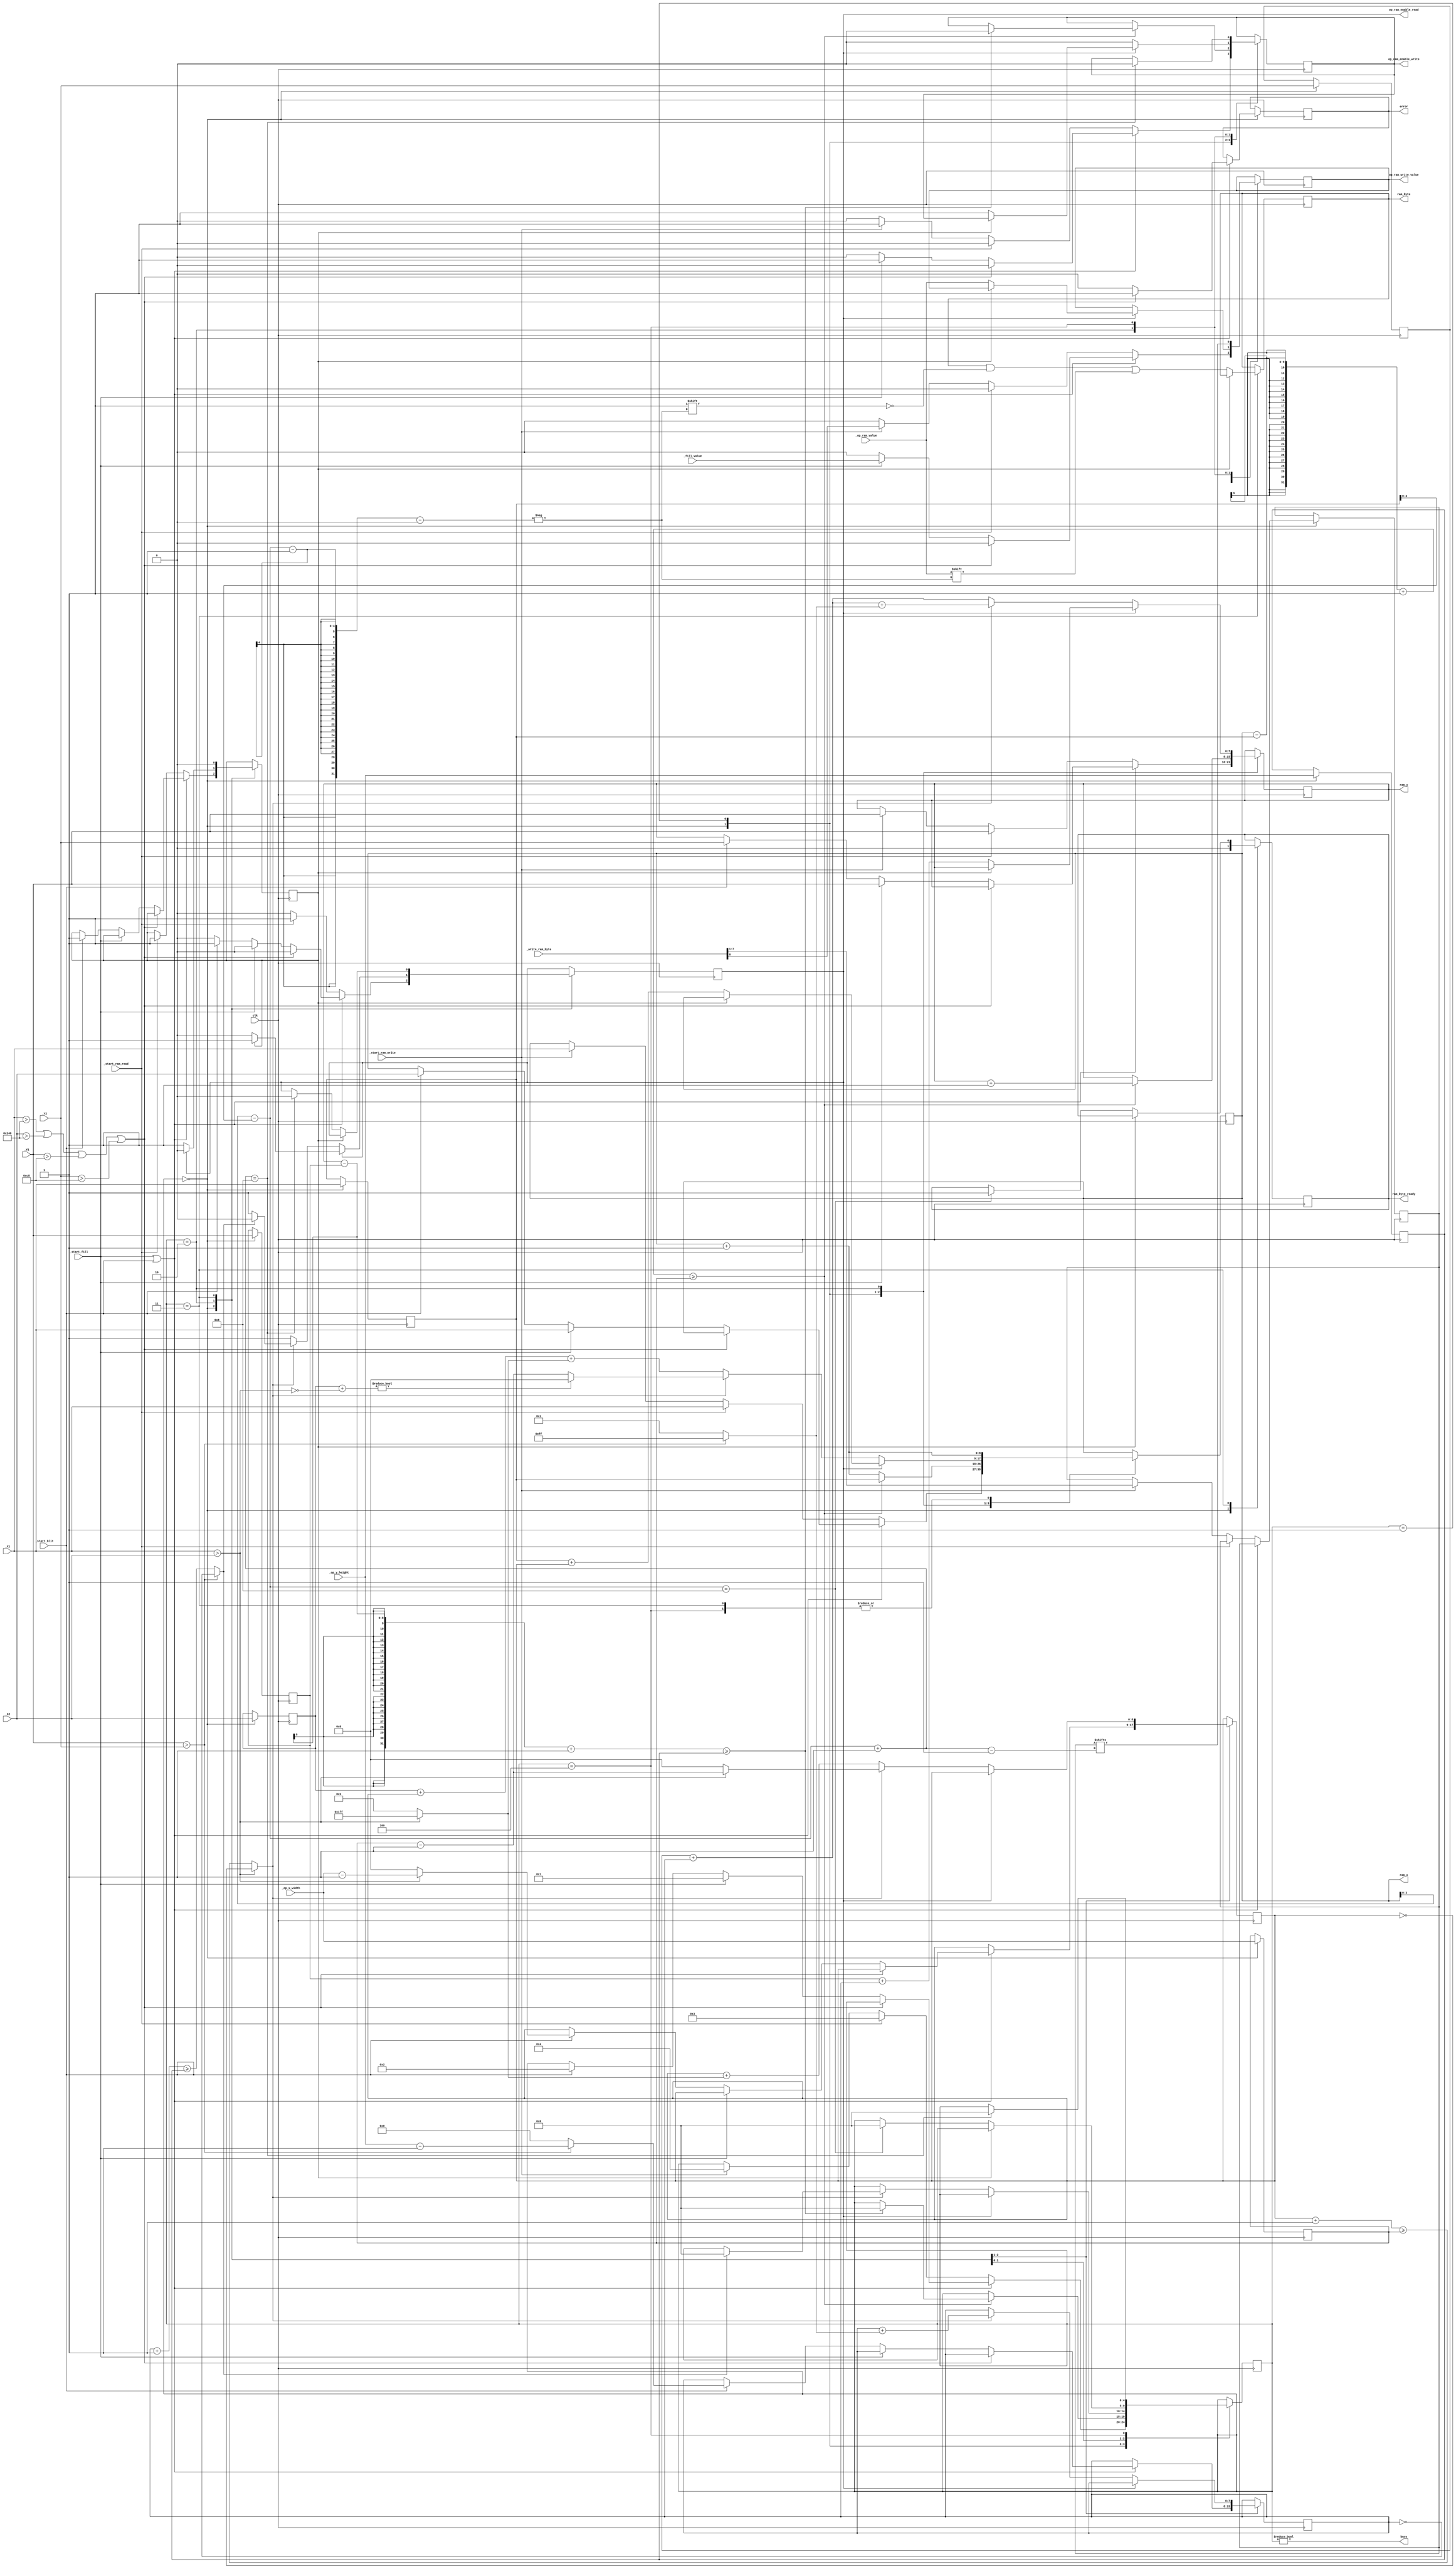
`default_nettype none

module GPU_Operations#(parameter WIDTH = 320,
                       parameter HEIGHT = 200)
(
    input            clk,
    input [8:0]      _X1,
    input [7:0]      _Y1,
    input [8:0]      _X2,
    input [7:0]      _Y2,
    input            _start_fill,
    input            _fill_value,
    input            _start_blit,
    input [8:0]      _op_x_width,
    input [7:0]      _op_y_height,
    input            _op_ram_value,
    input            _start_ram_read,
    input            _start_ram_write,
    input [7:0]      _write_ram_byte,

    output reg [8:0] ram_x,
    output reg [7:0] ram_y,
    output reg       op_ram_enable_read,
    output reg       op_ram_enable_write,
    output reg       op_ram_write_value,
    output           busy,
    output reg       error,
    output reg [7:0] ram_byte,
    output reg       ram_byte_ready
);

    initial op_ram_enable_write = 0;
    initial op_ram_write_value = 0;
    initial op_ram_enable_read = 0;

    localparam READY_STATE = 0;
    localparam FILL_IN_PROGRESS = 1;
    localparam BLIT_IN_PROGESS = 2;
    localparam RAM_READING_IN_PROGRESS = 3;
    localparam RAM_WRITING_IN_PROGRESS = 4;


    reg [4:0]  state = READY_STATE;
    assign busy = state != READY_STATE;

        // Copy of input values.
    reg [8:0]  opX1;
    reg [7:0]  opY1;
    reg [8:0]  opX2;
    reg [7:0]  opY2;
    reg [8:0]  op_x_width;
    reg [7:0]  op_y_height;
    reg [7:1]  op_write_ram_byte;
    wire [3:0] which_bit_of_ram = ram_x-opX1;

    reg [8:0]  blit_x_offset;
    reg [7:0]  blit_y_offset;
    reg        wait_for_read = 0;
    wire       leftToRight = !(_X1 > _X2);
    wire       topToDown = !(_Y1 > _Y2);
    wire       change_line = leftToRight ? (blit_x_offset+1 >= op_x_width):(blit_x_offset == 0);
    wire       finished_lines = topToDown ? (blit_y_offset+1 >= op_y_height):(blit_y_offset == 0);

    always @(posedge clk) begin
        case (state)
            READY_STATE: begin
                op_ram_write_value <= 0;
                op_ram_enable_write <= 0;
                op_ram_enable_read <= 0;
                ram_byte_ready <= 0;
                // Copy values so that they won't change while executing
                opX1 <= _X1;
                opX2 <= _X2;
                opY1 <= _Y1;
                opY2 <= _Y2;
                op_x_width <= _op_x_width;
                op_y_height <= _op_y_height;

                if (_start_fill | _start_blit) begin
                    error <= 0;
                    if (_X1 > WIDTH || _X2 > WIDTH || _Y1 > HEIGHT || _Y2 > HEIGHT) begin
                        error <= 1;
                    end else if (_start_fill) begin
                        state <= FILL_IN_PROGRESS;
                        ram_x <= _X1;
                        ram_y <= _Y1;
                        op_ram_write_value <= _fill_value;
                        op_ram_enable_write <= 1;
                    end else if (_start_blit) begin
                        state <= BLIT_IN_PROGESS;
                        ram_x <= _X2;
                        ram_y <= _Y2;
                        blit_x_offset <= leftToRight ? 0:_op_x_width-1;
                        blit_y_offset <= topToDown ? 0:_op_y_height-1;
                        op_ram_enable_read <= 1;
                        wait_for_read <= 1;
                    end
                end else if (_start_ram_read) begin
                    state <= RAM_READING_IN_PROGRESS;
                    op_ram_enable_read <= 1;
                    ram_x <= _X1;
                    ram_y <= _Y1;
                    wait_for_read <= 1;
                end else if (_start_ram_write) begin
                    state <= RAM_WRITING_IN_PROGRESS;
                    ram_x <= _X1;
                    ram_y <= _Y1;
                    op_write_ram_byte <= _write_ram_byte[7:1];
                    op_ram_write_value <= _write_ram_byte[0];
                    op_ram_enable_write <= 1;
                end
            end
            FILL_IN_PROGRESS: begin
                ram_x <= ram_x+1;
                if (ram_x-opX1+1 >= op_x_width) begin
                    ram_x <= opX1;
                    ram_y <= ram_y+1;
                    if (ram_y-opY1+1 >= op_y_height) begin
                        op_ram_enable_write <= 0;
                        state <= READY_STATE;
                    end
                end
            end
            BLIT_IN_PROGESS: begin
                if (op_ram_enable_read) begin
                    if (wait_for_read)
                        wait_for_read <= 0;
                    else begin
                        op_ram_enable_read <= 0;
                        // Has read bit from first square, now save it to second one
                        op_ram_enable_write <= 1;
                        op_ram_write_value <= _op_ram_value;
                        ram_x <= opX1+blit_x_offset;
                        ram_y <= opY1+blit_y_offset;
                    end
                end else begin
                    // Wrote last bit, now read next one
                    op_ram_enable_read <= 1;
                    wait_for_read <= 1;
                    op_ram_enable_write <= 0;

                    ram_y <= opY2+blit_y_offset;
                    blit_x_offset <= blit_x_offset+(leftToRight ? 1:-1);
                    ram_x <= opX2+blit_x_offset+(leftToRight ? 1:-1);
                    if (change_line) begin
                        blit_x_offset <= leftToRight ? 0:op_x_width-1;
                        ram_x <= opX2+leftToRight ? 0:op_x_width-1;

                        blit_y_offset <= blit_y_offset+(topToDown ? 1:-1);
                        ram_y <= opY2+blit_y_offset+(topToDown ? 1:-1);
                        if (finished_lines) begin
                            op_ram_enable_read <= 0;
                            state <= READY_STATE;
                        end
                    end
                end
            end
            RAM_READING_IN_PROGRESS: begin
                ram_x <= ram_x+1;
                // We wait one cycle for the reads to catch up.
                if (wait_for_read) begin
                    wait_for_read <= 0;
                end else begin
                    if (which_bit_of_ram+1 == 8)
                        op_ram_enable_read <= 0;

                    // Save previous bit
                    ram_byte[which_bit_of_ram-1] <= _op_ram_value;
                    // if saved all bits:
                    if (which_bit_of_ram == 8) begin
                        state <= READY_STATE;
                        ram_byte_ready <= 1;
                    end
                end
            end
            RAM_WRITING_IN_PROGRESS: begin
                ram_x <= ram_x+1;
                op_ram_write_value <= op_write_ram_byte[which_bit_of_ram+1];
                if (which_bit_of_ram+1 == 8) begin
                    state <= READY_STATE;
                    op_ram_enable_write <= 0;
                end

            end
        endcase
    end




endmodule